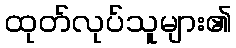
ထုတ်လုပ်သူများ၏